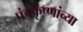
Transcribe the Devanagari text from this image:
पंचकृष्णांच्या